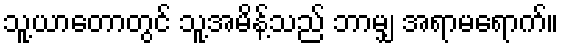
သူ့ယာတောတွင် သူ့အမိန့်သည် ဘာမျှ အရာမရောက်။